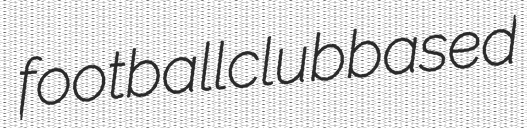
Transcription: football club based